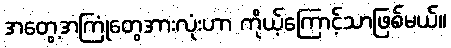
အတွေ့အကြုံတွေအားလုံးဟာ ကိုယ့်ကြောင့်သာဖြစ်မယ်။